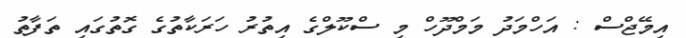
އިމޭޖްސް : އަހްމަދު މަމްދޫހް މި ސްކޫލްގެ އިތުރު ހަރަކާތުގެ ގޮތުގައި ތަފާތު